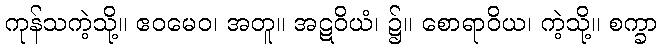
ကုန်သကဲ့သို့။ ဧဝမေဝ၊ အတူ။ အဋဝိယံ၊ ၌။ စောရာဝိယ၊ ကဲ့သို့။ စက္ခာ